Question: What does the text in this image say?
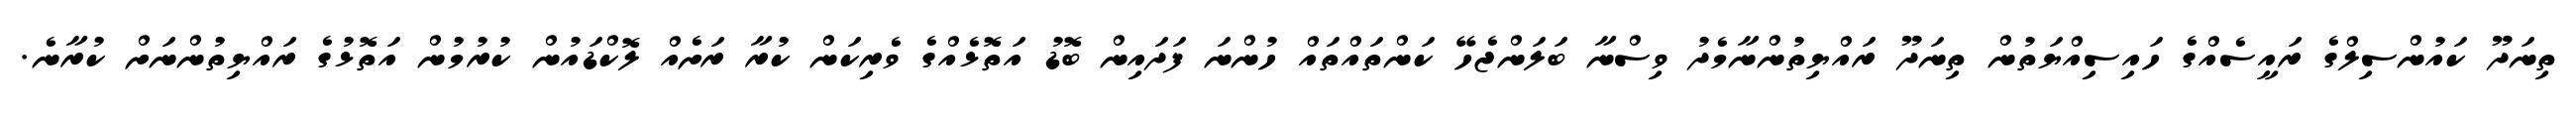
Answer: ތިނަދޫ ކައުންސިލްގެ ރައީސެއްގެ ހައިސިއްޔަތުން ތިނަދޫ ރައްޔިތުންނާމެދު ވިސްނާ ބަލަންޖެހޭ ކަންތައްތައް ހުންނަ ފަދައިން ބޮޑު އަތޮޅެއްގެ ވެރިކަން ކުރާ ރަށެއް ލޮކްޑައުން ކުރުމުން އަތޮޅުގެ ރައްޔިތުންނަށް ކުރާނެ.